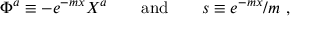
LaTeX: \Phi ^ { a } \equiv - e ^ { - m x } X ^ { a } \qquad \mathrm { a n d } \qquad s \equiv e ^ { - m x } / m \ ,